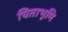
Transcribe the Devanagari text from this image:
चिताभूमि